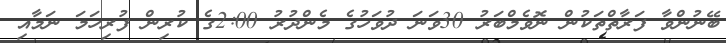
ބޭނުންވާ ފަރާތްތަކުން ނޮވެމްބަރު 30ވަނަ ދުވަހުގެ މެންދުރު 2:00ގެ ކުރިން ފުރިހަމަ ނަމާއި